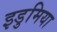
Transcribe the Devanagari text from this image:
इडुमिया